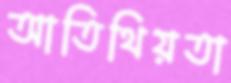
আতিথিয়তা